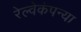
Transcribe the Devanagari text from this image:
रेल्वेकंपन्या